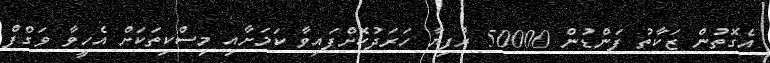
އެގޮތުން ޒަކާތު ފަންޑުން 50000 ރުފިޔާ ހަރަދުކޮށްފައިވާ ކަމަށާއި މިސްކިތަކަށް އެހީވާ ވަގްފް